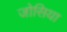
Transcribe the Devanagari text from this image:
जोसिया